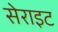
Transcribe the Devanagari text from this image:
सेराइट